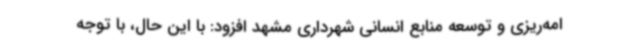
امه‌ریزی و توسعه منابع انسانی شهرداری مشهد افزود: با این حال، با توجه